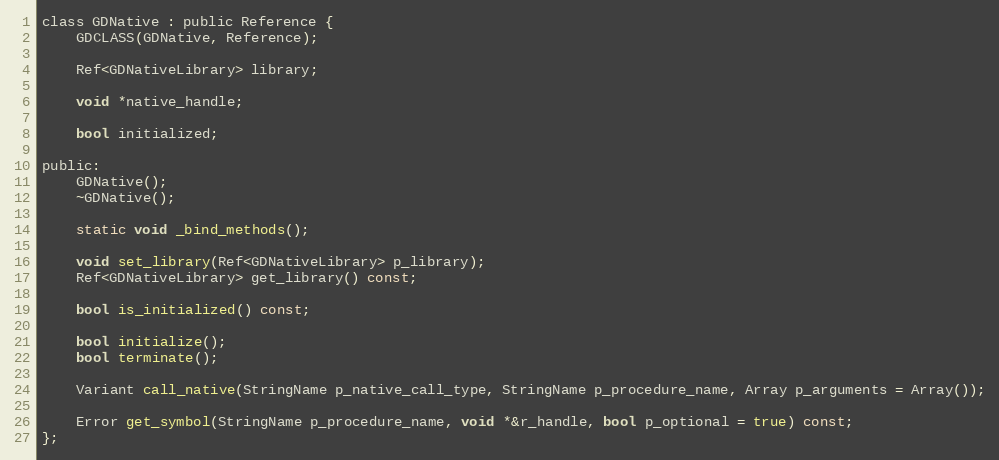
Language: C
class GDNative : public Reference {
	GDCLASS(GDNative, Reference);

	Ref<GDNativeLibrary> library;

	void *native_handle;

	bool initialized;

public:
	GDNative();
	~GDNative();

	static void _bind_methods();

	void set_library(Ref<GDNativeLibrary> p_library);
	Ref<GDNativeLibrary> get_library() const;

	bool is_initialized() const;

	bool initialize();
	bool terminate();

	Variant call_native(StringName p_native_call_type, StringName p_procedure_name, Array p_arguments = Array());

	Error get_symbol(StringName p_procedure_name, void *&r_handle, bool p_optional = true) const;
};